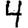
Digit: 4